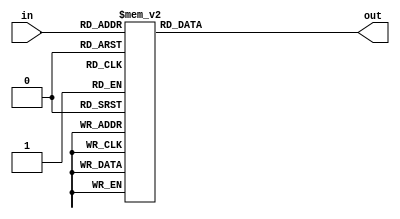
module Present_S_Box (in,out);
    input [3:0] in;
    output reg [3:0] out;

    always @(in) begin

        case (in)
            0   :   out = 12; 
            1   :   out = 5; 
            2   :   out = 6; 
            3   :   out = 11; 
            4   :   out = 9; 
            5   :   out = 0; 
            6   :   out = 10; 
            7   :   out = 13; 
            8   :   out = 3; 
            9   :   out = 14; 
            10  :   out = 15; 
            11  :   out = 8; 
            12  :   out = 4; 
            13  :   out = 7; 
            14  :   out = 1; 
            default: out = 2;
        endcase
        
    end 
    
endmodule